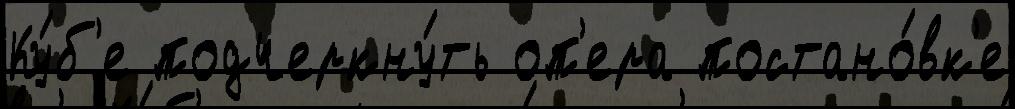
Ку́б'е подчеркну́ть оп'ера постано́вк'е